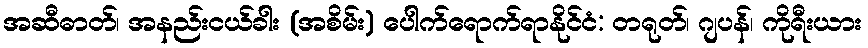
အဆီဓာတ်၊ အနည်းငယ်ခါး (အစိမ်း) ပေါက်ရောက်ရာနိုင်ငံ: တရုတ်၊ ဂျပန်၊ ကိုရီးယား